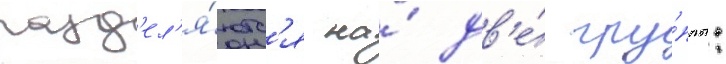
разд'ел'я́ютс'я на́ дв'е́ гру́ппы: